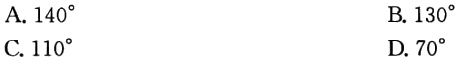
A. \(140^{\circ}\)

B. \(130^{\circ}\)

C. \(110^{\circ}\)

D. \(70^{\circ}\)